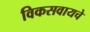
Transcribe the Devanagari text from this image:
विकसवायचे